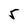
Character: 5